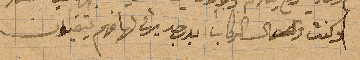
وكنت الى الركاب بدرجة يرثى لها فهم يتقيون